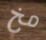
مخ